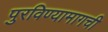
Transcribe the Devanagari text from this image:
पुरविण्यामागची